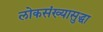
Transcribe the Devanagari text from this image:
लोकसंख्यासुद्धा